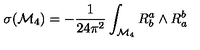
\sigma ( { \cal M } _ { 4 } ) = - \frac { 1 } { 2 4 \pi ^ { 2 } } \int _ { { \cal M } _ { 4 } } R _ { b } ^ { a } \wedge R _ { a } ^ { b }